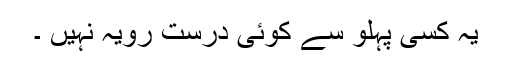
یہ کسی پہلو سے کوئی درست رویہ نہیں ۔